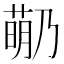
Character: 𬝡